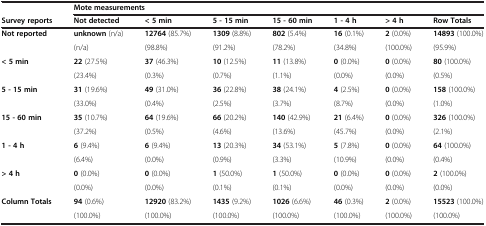
<table><thead><tr><td><b> </b></td><td colspan="7"><b>Mote measurements</b></td></tr><tr><td><b>Survey reports</b></td><td><b>Not detected</b></td><td><b>&lt; 5 min</b></td><td><b>5 - 15 min</b></td><td><b>15 - 60 min</b></td><td><b>1 - 4 h</b></td><td><b>&gt; 4 h</b></td><td><b>Row Totals</b></td></tr></thead><tbody><tr><td rowspan="2"><b>Not reported</b></td><td><b>unknown</b> (n/a)</td><td><b>12764</b> (85.7%)</td><td><b>1309</b> (8.8%)</td><td><b>802</b> (5.4%)</td><td><b>16</b> (0.1%)</td><td><b>2</b> (0.0%)</td><td><b>14893</b> (100.0%)</td></tr><tr><td>(n/a)</td><td>(98.8%)</td><td>(91.2%)</td><td>(78.2%)</td><td>(34.8%)</td><td>(100.0%)</td><td>(95.9%)</td></tr><tr><td rowspan="2"><b>&lt; 5 min</b></td><td><b>22</b> (27.5%)</td><td><b>37</b> (46.3%)</td><td><b>10</b> (12.5%)</td><td><b>11</b> (13.8%)</td><td><b>0</b> (0.0%)</td><td><b>0</b> (0.0%)</td><td><b>80</b> (100.0%)</td></tr><tr><td>(23.4%)</td><td>(0.3%)</td><td>(0.7%)</td><td>(1.1%)</td><td>(0.0%)</td><td>(0.0%)</td><td>(0.5%)</td></tr><tr><td rowspan="2"><b>5 - 15 min</b></td><td><b>31</b> (19.6%)</td><td><b>49</b> (31.0%)</td><td><b>36</b> (22.8%)</td><td><b>38</b> (24.1%)</td><td><b>4</b> (2.5%)</td><td><b>0</b> (0.0%)</td><td><b>158</b> (100.0%)</td></tr><tr><td>(33.0%)</td><td>(0.4%)</td><td>(2.5%)</td><td>(3.7%)</td><td>(8.7%)</td><td>(0.0%)</td><td>(1.0%)</td></tr><tr><td rowspan="2"><b>15 - 60 min</b></td><td><b>35</b> (10.7%)</td><td><b>64</b> (19.6%)</td><td><b>66</b> (20.2%)</td><td><b>140</b> (42.9%)</td><td><b>21</b> (6.4%)</td><td><b>0</b> (0.0%)</td><td><b>326</b> (100.0%)</td></tr><tr><td>(37.2%)</td><td>(0.5%)</td><td>(4.6%)</td><td>(13.6%)</td><td>(45.7%)</td><td>(0.0%)</td><td>(2.1%)</td></tr><tr><td rowspan="2"><b>1 - 4 h</b></td><td><b>6</b> (9.4%)</td><td><b>6</b> (9.4%)</td><td><b>13</b> (20.3%)</td><td><b>34</b> (53.1%)</td><td><b>5</b> (7.8%)</td><td><b>0</b> (0.0%)</td><td><b>64</b> (100.0%)</td></tr><tr><td>(6.4%)</td><td>(0.0%)</td><td>(0.9%)</td><td>(3.3%)</td><td>(10.9%)</td><td>(0.0%)</td><td>(0.4%)</td></tr><tr><td rowspan="2"><b>&gt; 4 h</b></td><td><b>0</b> (0.0%)</td><td><b>0</b> (0.0%)</td><td><b>1</b> (50.0%)</td><td><b>1</b> (50.0%)</td><td><b>0</b> (0.0%)</td><td><b>0</b> (0.0%)</td><td><b>2</b> (100.0%)</td></tr><tr><td>(0.0%)</td><td>(0.0%)</td><td>(0.1%)</td><td>(0.1%)</td><td>(0.0%)</td><td>(0.0%)</td><td>(0.0%)</td></tr><tr><td><b>Column Totals</b></td><td><b>94</b> (0.6%)</td><td><b>12920</b> (83.2%)</td><td><b>1435</b> (9.2%)</td><td><b>1026</b> (6.6%)</td><td><b>46</b> (0.3%)</td><td><b>2</b> (0.0%)</td><td><b>15523</b> (100.0%)</td></tr><tr><td> </td><td>(100.0%)</td><td>(100.0%)</td><td>(100.0%)</td><td>(100.0%)</td><td>(100.0%)</td><td>(100.0%)</td><td>(100.0%)</td></tr></tbody></table>